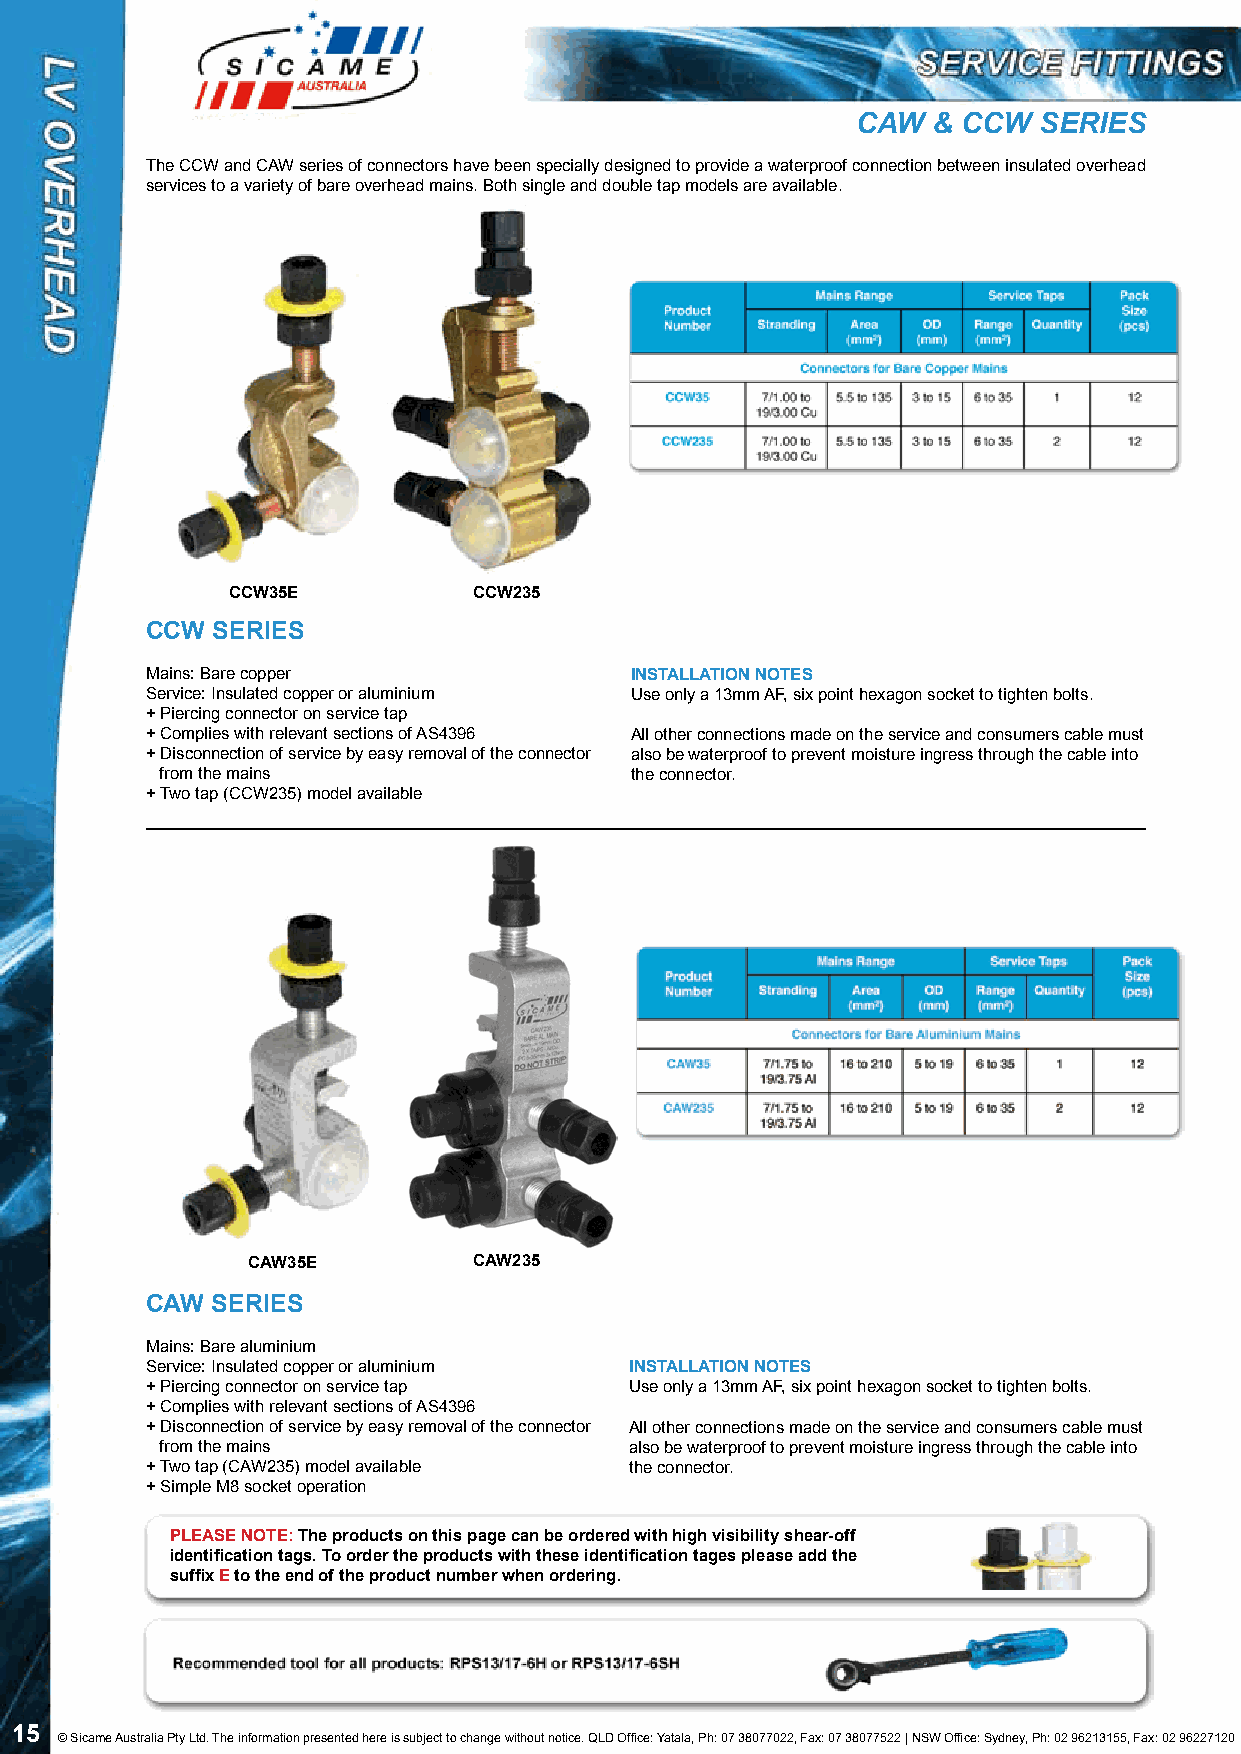
CAW  & CCW  SERIES
 The CCW and CAW series of connectors have been specially designed to provide a waterproof connection between insulated overhead
 services to a variety of bare overhead mains. Both single and double tap models are available.
 CCW35E          CCW235
 CCW SERIES
 Mains: Bare copper              INSTALLATION NOTES
 Service: Insulated copper or aluminium Use only a 13mm AF, six point hexagon socket to tighten bolts.
 + Piercing connector on service tap
 + Complies with relevant sections of AS4396 All other connections made on the service and consumers cable must
 + Disconnection of service by easy removal of the connector also be waterproof to prevent moisture ingress through the cable into
 from the mains                 the connector.
 + Two tap (CCW235) model available
 CAW35E         CAW235
 CAW SERIES
 Mains: Bare aluminium
 Service: Insulated copper or aluminium INSTALLATION NOTES
 + Piercing connector on service tap Use only a 13mm AF, six point hexagon socket to tighten bolts.
 + Complies with relevant sections of AS4396
 + Disconnection of service by easy removal of the connector All other connections made on the service and consumers cable must
 from the mains                 also be waterproof to prevent moisture ingress through the cable into
 + Two tap (CAW235) model available the connector.
 + Simple M8 socket operation
 PLEASE NOTE: The products on this page can be ordered with high visibility shear-off
 identification tags. To order the products with these identification tages please add the
 suffix E to the end of the product number when ordering.
 15
 © Sicame Australia Pty Ltd. The information presented here is subject to change without notice. QLD Office: Yatala, Ph: 07 38077022, Fax: 07 38077522 | NSW Office: Sydney, Ph: 02 96213155, Fax: 02 96227120